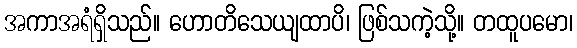
အကာအရံရှိသည်။ ဟောတိသေယျထာပိ၊ ဖြစ်သကဲ့သို့။ တထူပမော၊